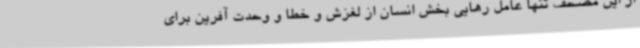
از این مصحف تنها عامل رهایی بخش انسان از لغزش و خطا و وحدت آفرین برای